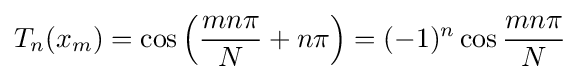
T_{n}(x_{m})=\cos \left({\frac {mn\pi }{N}}+n\pi \right)=(-1)^{n}\cos {\frac {mn\pi }{N}}